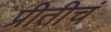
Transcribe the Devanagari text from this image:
प्रीतीचं